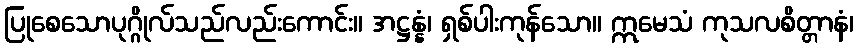
ပြုစေသောပုဂ္ဂိုလ်သည်လည်းကောင်း။ အဋ္ဌန္နံ၊ ရှစ်ပါးကုန်သော။ ဣမေသံ ကုသလစိတ္တာနံ၊